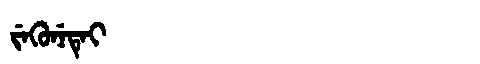
Manchu: ᠵᡝᡴᡠᠨᡝᡨᡝᡳ
Romanization: JEKUNETEI